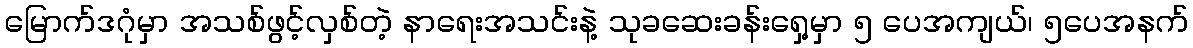
မြောက်ဒဂုံမှာ အသစ်ဖွင့်လှစ်တဲ့ နာရေးအသင်းနဲ့ သုခဆေးခန်းရှေ့မှာ ၅ ပေအကျယ်၊ ၅ပေအနက်